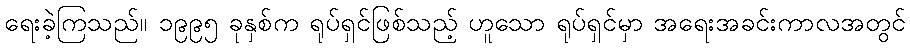
ရေးခဲ့ကြသည်။ ၁၉၉၅ ခုနှစ်က ရုပ်ရှင်ဖြစ်သည့် ဟူသော ရုပ်ရှင်မှာ အရေးအခင်းကာလအတွင်